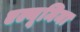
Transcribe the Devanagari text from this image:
एल्यूमिना